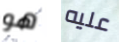
هو عليه